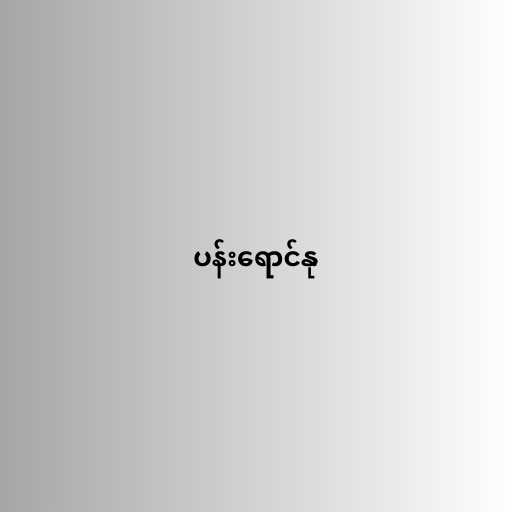
ပန်းရောင်နု